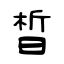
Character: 晳